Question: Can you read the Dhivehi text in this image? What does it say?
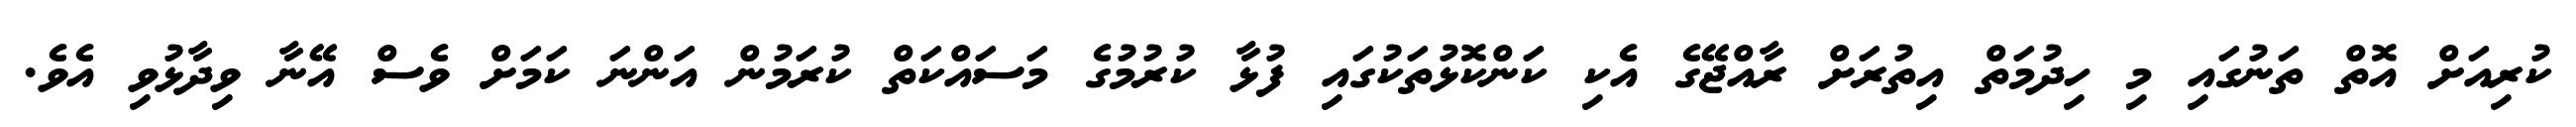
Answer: ކުރިއަށް އޮތް ތަނުގައި މި ހިދުމަތް އިތުރަށް ރާއްޖޭގެ އެކި ކަންކޮޅުތަކުގައި ފުޅާ ކުރުމުގެ މަސައްކަތް ކުރަމުން އަންނަ ކަމަށް ވެސް އޭނާ ވިދާޅުވި އެވެ.